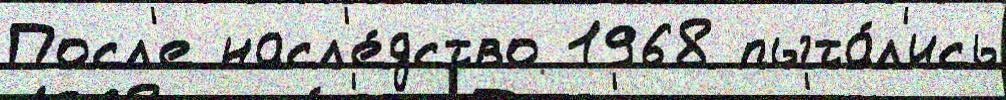
Посл'е насл'е́дство 1968 пыта́л'ись